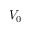
V _ { 0 }